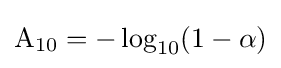
\mathrm {A} _{10}=-\log _{10}(1-\alpha )